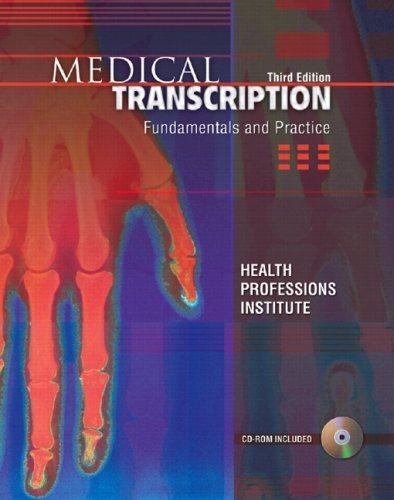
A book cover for Medical Transcription Fundamentals and Practice [3rd Edition] by HEALTH PROFESSIONS INST [Prentice Hall,2007] [Paperback] 3RD EDITION; Medical Books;